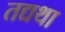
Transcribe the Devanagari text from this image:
तद्यथा